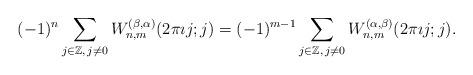
LaTeX: \begin{align*} (-1)^{n} \sum_{j \in \mathbb{Z}, \, j \neq 0} W_{n,m}^{(\beta, \alpha)}(2 \pi \imath j;j)= (-1)^{m-1} \sum_{j \in \mathbb{Z}, \, j \neq 0} W_{n,m}^{(\alpha,\beta)}(2 \pi \imath j;j). \end{align*}